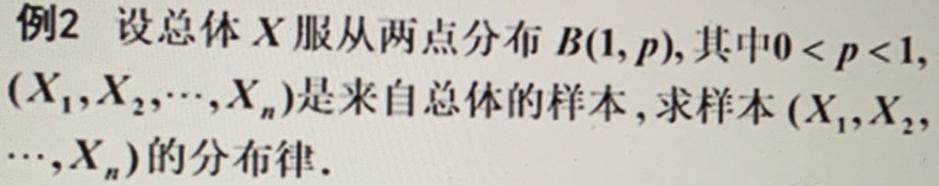
例2 设总体$X$服从两点分布$B(1,p)$, 其中$0 < p < 1$, $(X_1,X_2,\cdots,X_n)$是来自总体的样本, 求样本$(X_1,X_2,\cdots,X_n)$的分布律.